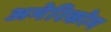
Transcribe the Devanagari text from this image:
अमेरिकोम